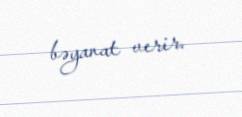
bəyanat verir.